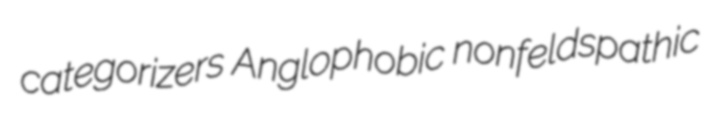
categorizers Anglophobic nonfeldspathic